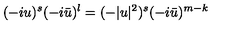
( - i u ) ^ { s } ( - i \bar { u } ) ^ { l } = ( - | u | ^ { 2 } ) ^ { s } ( - i \bar { u } ) ^ { m - k }